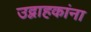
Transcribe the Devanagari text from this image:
उद्वाहकांना